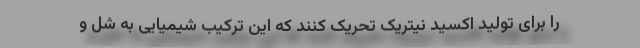
را برای تولید اکسید نیتریک تحریک کنند که این ترکیب شیمیایی به شل و